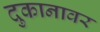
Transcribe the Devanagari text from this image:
दुकानावर